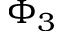
\Phi _ { 3 }